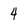
Character: 4